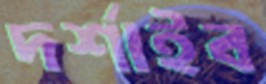
দর্শাইব